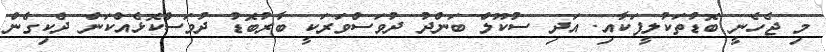
މި ޖެހެނީ ބޮޑުތަކުލީފަކާއި. އަދި ސުކޫލް ބަންދު ދުވަސްވަރަކީ ބާރުބޮޑު ދުވަސްކޮޅެއްކަން ދެކިގެން